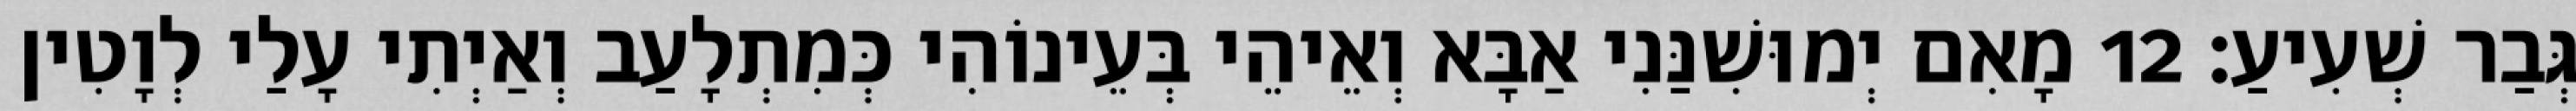
גְּבַר שְׁעִיעַ׃ 12 מָאִם יְמוּשִׁנַּנִי אַבָּא וְאֵיהֵי בְּעֵינוֹהִי כְּמִתְלָעַב וְאַיְתִי עָלַי לְוָטִין